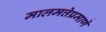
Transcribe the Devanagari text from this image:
मालमत्तेप्रमाणे